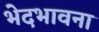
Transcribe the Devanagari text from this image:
भेदभावना